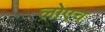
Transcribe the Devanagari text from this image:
लोएच